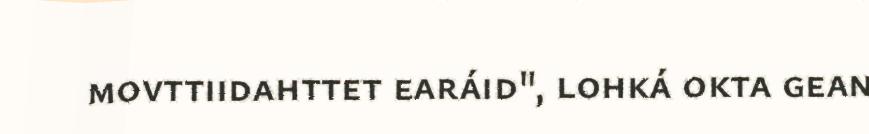
movttiidahttet earáid", lohká okta gean